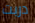
دربت